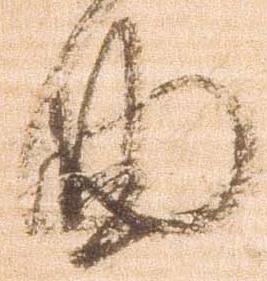
曲